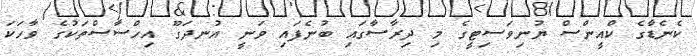
ކެނެޑާގެ ކްއީންސް ޔުނިވަސިޓީގެ މި ދިރާސާގައި ބުނެފައި ވަނީ އުނދަގޫ އިހްސާސްތަކުގެ ވާހަކަ